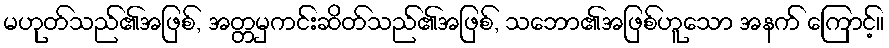
မဟုတ်သည်၏အဖြစ်, အတ္တမှကင်းဆိတ်သည်၏အဖြစ်, သဘော၏အဖြစ်ဟူသော အနက် ကြောင့်။